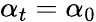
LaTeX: \alpha_{t}=\alpha_{0}